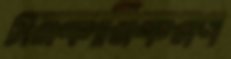
সরকারিকরণ